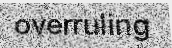
overruling